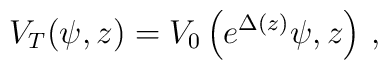
V_T(\psi,z)=V_0\left(e^{\Delta(z)}\psi,z\right)\,,